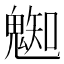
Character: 𩳦